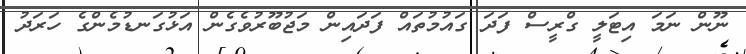
ނޫން ނަމަ އިޓަލީ ގްރީސް ފަދަ ގައުމުތައް ފަދައިން މަޖުބޫރުވެގެން އަޅުގަނޑުމެންގެ ހަރަދު